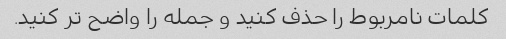
کلمات نامربوط را حذف کنید و جمله را واضح تر کنید.